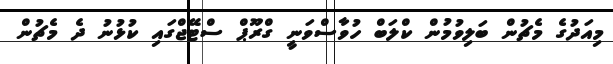
މިއަދުގެ މެޗުން ބަލިވުމުން ކްލަބް ހުވާސްވަނީ ގްރޫޕް ސްޓޭޖްގައި ކުޅުނު ދެ މެޗުން